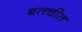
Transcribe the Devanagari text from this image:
बतचीत